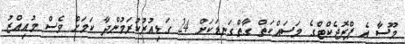
މޫސާ އެ ޕްރޮޖެކްޓްގެ މަސައްކަތް ގާތްގަނޑަކަށް 24 ގަޑިއުރުކުރަމުންދާ ކަމަށް ވެސް މުއިއްޒު